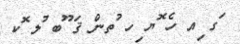
ަގ ިއ ހެ ޮޔ ިހ ުތން ޤަ ޫބ ުލ ޮކ